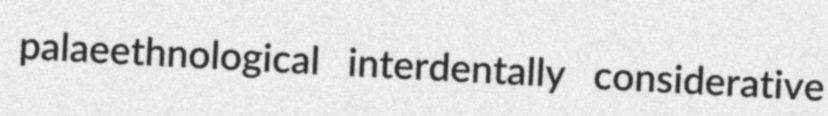
palaeethnological interdentally considerative